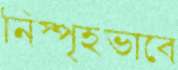
নিস্পৃহভাবে